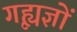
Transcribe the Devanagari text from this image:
गृह्यज्ञों